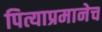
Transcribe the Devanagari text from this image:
पित्याप्रमानेच